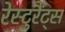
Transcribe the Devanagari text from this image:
रेस्टुरैंट्स